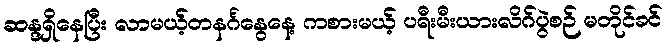
ဆန္ဒရှိနေပြီး လာမယ့်တနင်္ဂနွေနေ့ ကစားမယ့် ပရီးမီးယားလိဂ်ပွဲစဉ် မတိုင်ခင်